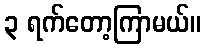
၃ ရက်တော့ကြာမယ်။